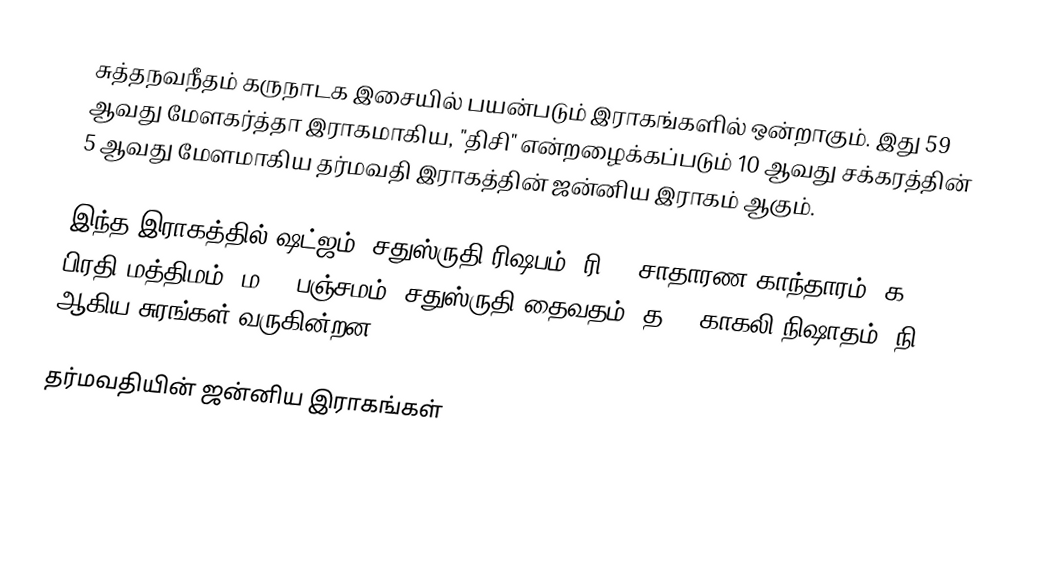
சுத்தநவநீதம் கருநாடக இசையில் பயன்படும் இராகங்களில் ஒன்றாகும். இது 59 ஆவது மேளகர்த்தா இராகமாகிய, "திசி" என்றழைக்கப்படும் 10 ஆவது சக்கரத்தின் 5 ஆவது மேளமாகிய தர்மவதி இராகத்தின் ஜன்னிய இராகம் ஆகும்.

இந்த இராகத்தில் ஷட்ஜம், சதுஸ்ருதி ரிஷபம் (ரி2),  சாதாரண காந்தாரம் (க2), பிரதி மத்திமம் (ம2), பஞ்சமம்,  சதுஸ்ருதி தைவதம் (த2), காகலி நிஷாதம்  (நி3) ஆகிய சுரங்கள் வருகின்றன.

தர்மவதியின் ஜன்னிய இராகங்கள்